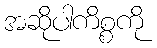
အဆိုပါကိစ္စကို